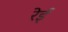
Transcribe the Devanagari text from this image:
रेई